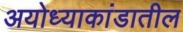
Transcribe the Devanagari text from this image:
अयोध्याकांडातील